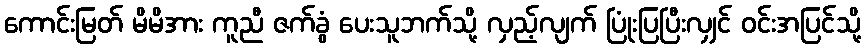
ကောင်းမြတ် မိမိအား ကူညီ ဇက်ခွံ ပေးသူဘက်သို့ လှည့်လျက် ပြုံးပြပြီးလျှင် ဝင်းအပြင်သို့